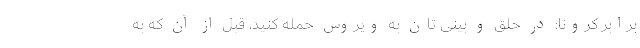
برابر کرونا: در حلق و بینی تان به ویروس حمله کنید، قبل از آن که به